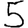
Digit: 5